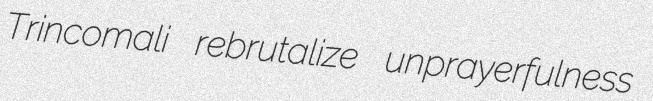
Trincomali rebrutalize unprayerfulness